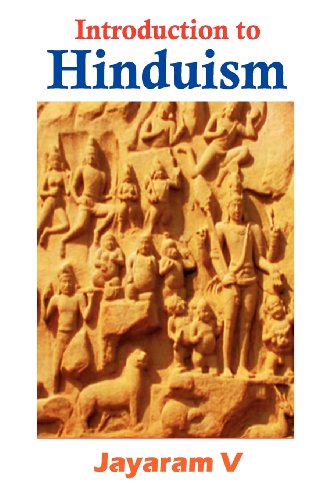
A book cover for Introduction to Hinduism; Jayaram V; Religion & Spirituality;